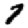
Digit: 7